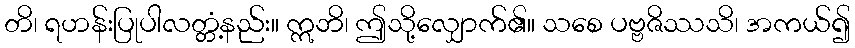
တိ၊ ရဟန်းပြုပါလတ္တံ့နည်း။ ဣဘိ၊ ဤသို့လျှောက်၏။ သစေ ပဗ္ဗဇိဿသိ၊ အကယ်၍